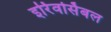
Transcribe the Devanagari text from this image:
इर्रिवर्सिबल